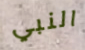
النبي